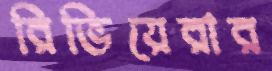
রিভিয়েরার